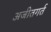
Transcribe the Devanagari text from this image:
अजीतगर्त